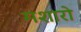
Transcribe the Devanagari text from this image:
मशारो